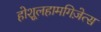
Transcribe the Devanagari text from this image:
होशूलहामगिज़ेत्स